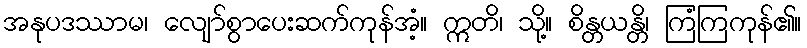
အနုပဒဿာမ၊ လျော်စွာပေးဆက်ကုန်အံ့။ ဣတိ၊ သို့။ စိန္တယန္တိ၊ ကြံကြကုန်၏။